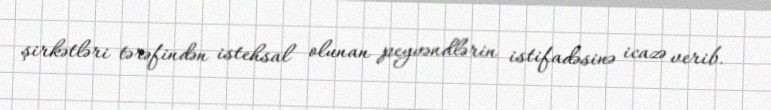
şirkətləri tərəfindən istehsal olunan peyvəndlərin istifadəsinə icazə verib.